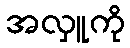
အလှူကို